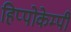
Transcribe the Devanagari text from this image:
हिप्पोकेम्पी